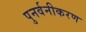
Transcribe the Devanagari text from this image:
पुनर्वनीकरण